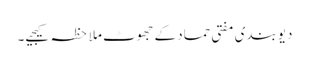
دیوبندی مفتی حماد کے جھوٹ ملاحظہ کیجیے۔